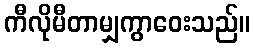
ကီလိုမီတာမျှကွာဝေးသည်။